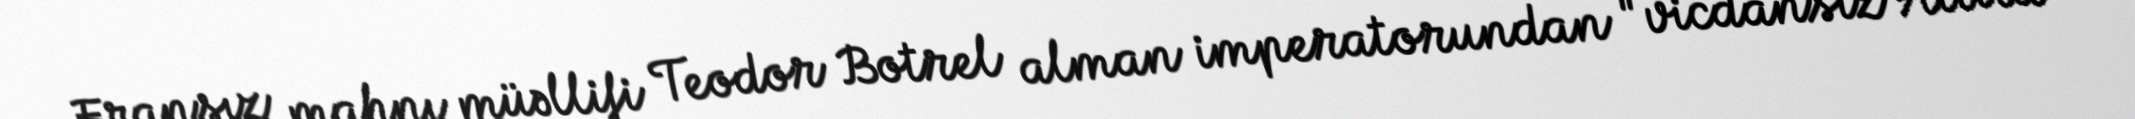
Fransız mahnı müəllifi Teodor Botrel alman imperatorundan "vicdansız Attila"